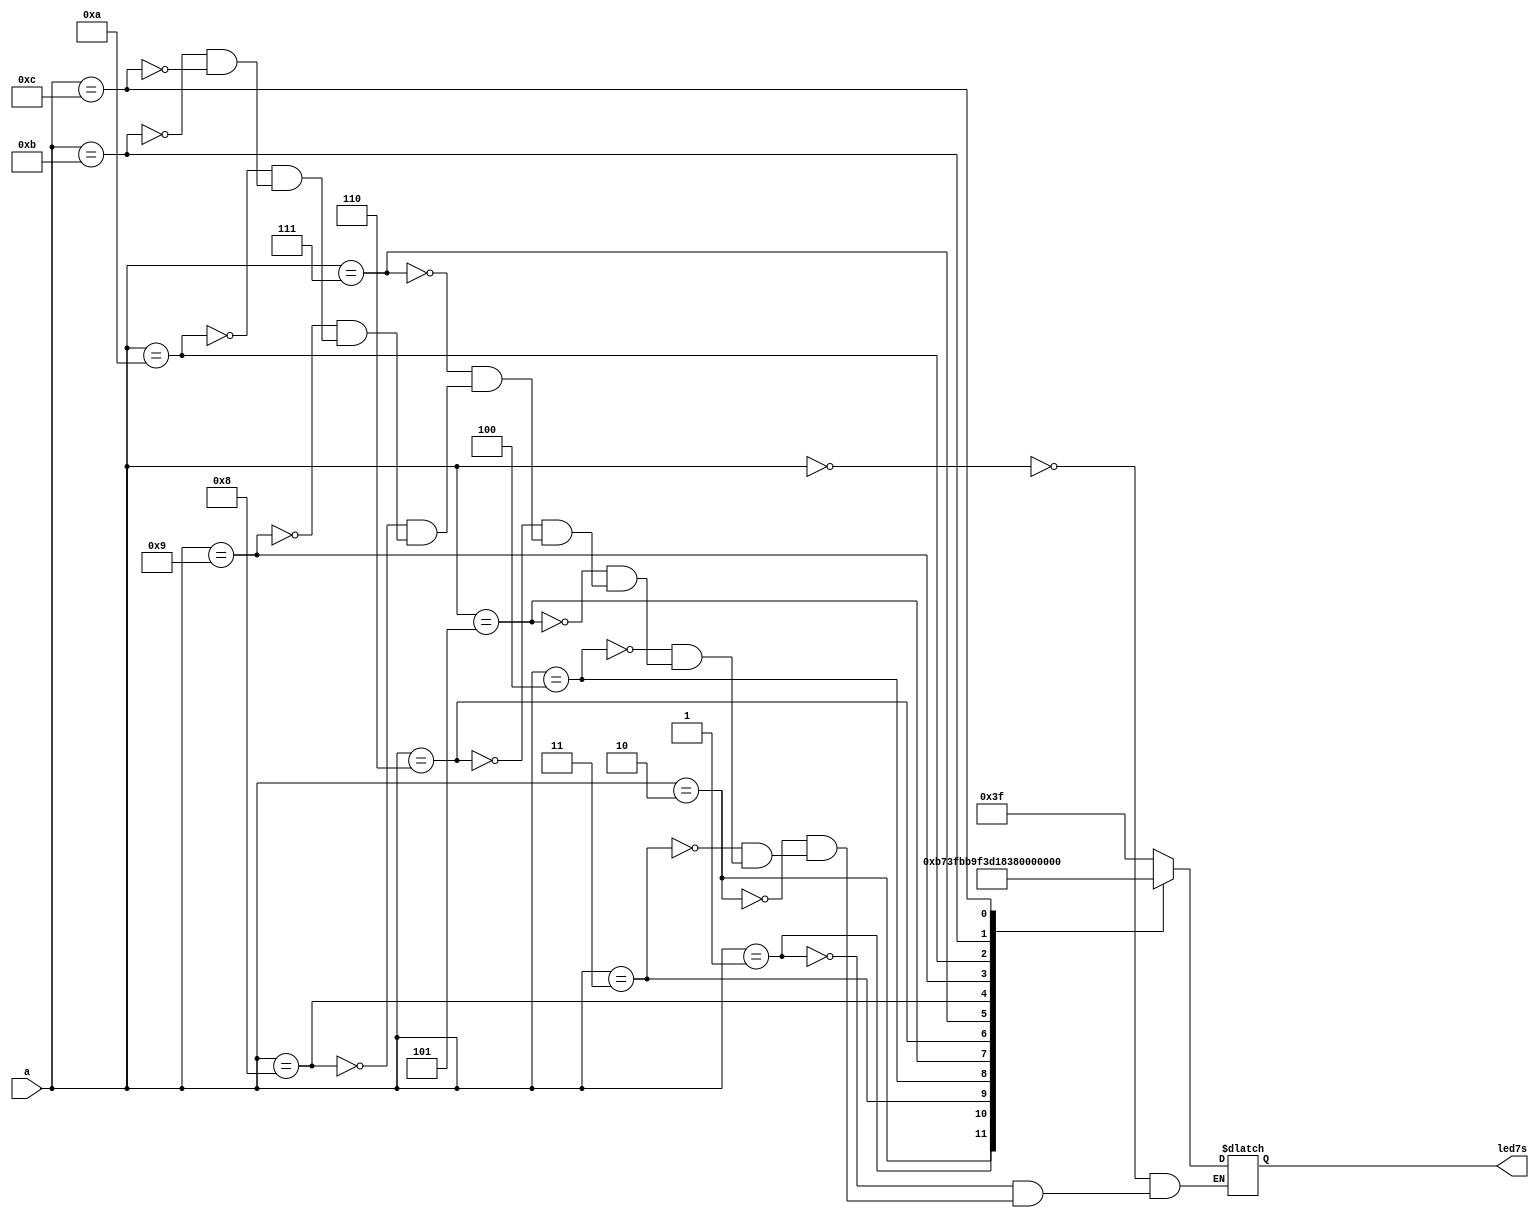
`timescale 1ns / 1ps
//////////////////////////////////////////////////////////////////////////////////
// Company: 
// Engineer: 
// 
// Design Name: 
// Module Name: LED_My
// Project Name: 
// Target Devices: 
// Tool Versions: 
// Description: 
// 
// Dependencies: 
// 
// Revision:
// Revision 0.01 - File Created
// Additional Comments:
// 
//////////////////////////////////////////////////////////////////////////////////


module LED_My(a,led7s);
//42
//4
//LED
      input [3:0] a;
      output [6:0] led7s;
      reg  [7:0] L;
// 7
/* Begin */
always @ (a)
begin
case(a)
4'b0000:L=8'hbf;//0 bf 0 
4'b0001:L=8'hdb;//2 86 1 
4'b0010:L=8'hcf;//3  db 2 
4'b0011:L=8'hf7;//a  cf  3 
4'b0100:L=8'hb9;//c  e6  4 
4'b0101:L=8'hf9;//e   ED 5 
4'b0110:L=8'h74;//h  FD 6 
4'b0111:L=8'h30;//i 87 7 
4'b1000:L=8'h37;//n  FF 8 
4'b1001:L=8'h73;//p  EF 9 
4'b1010:L=8'h31;//r  a  f7 10  a 
4'b1011:L=8'h6d;//s  b  fc  11 b  
4'b1100:L=8'h6e;//y c   b9  12 c
endcase
end
assign led7s=L[6:0];
/* End */
endmodule